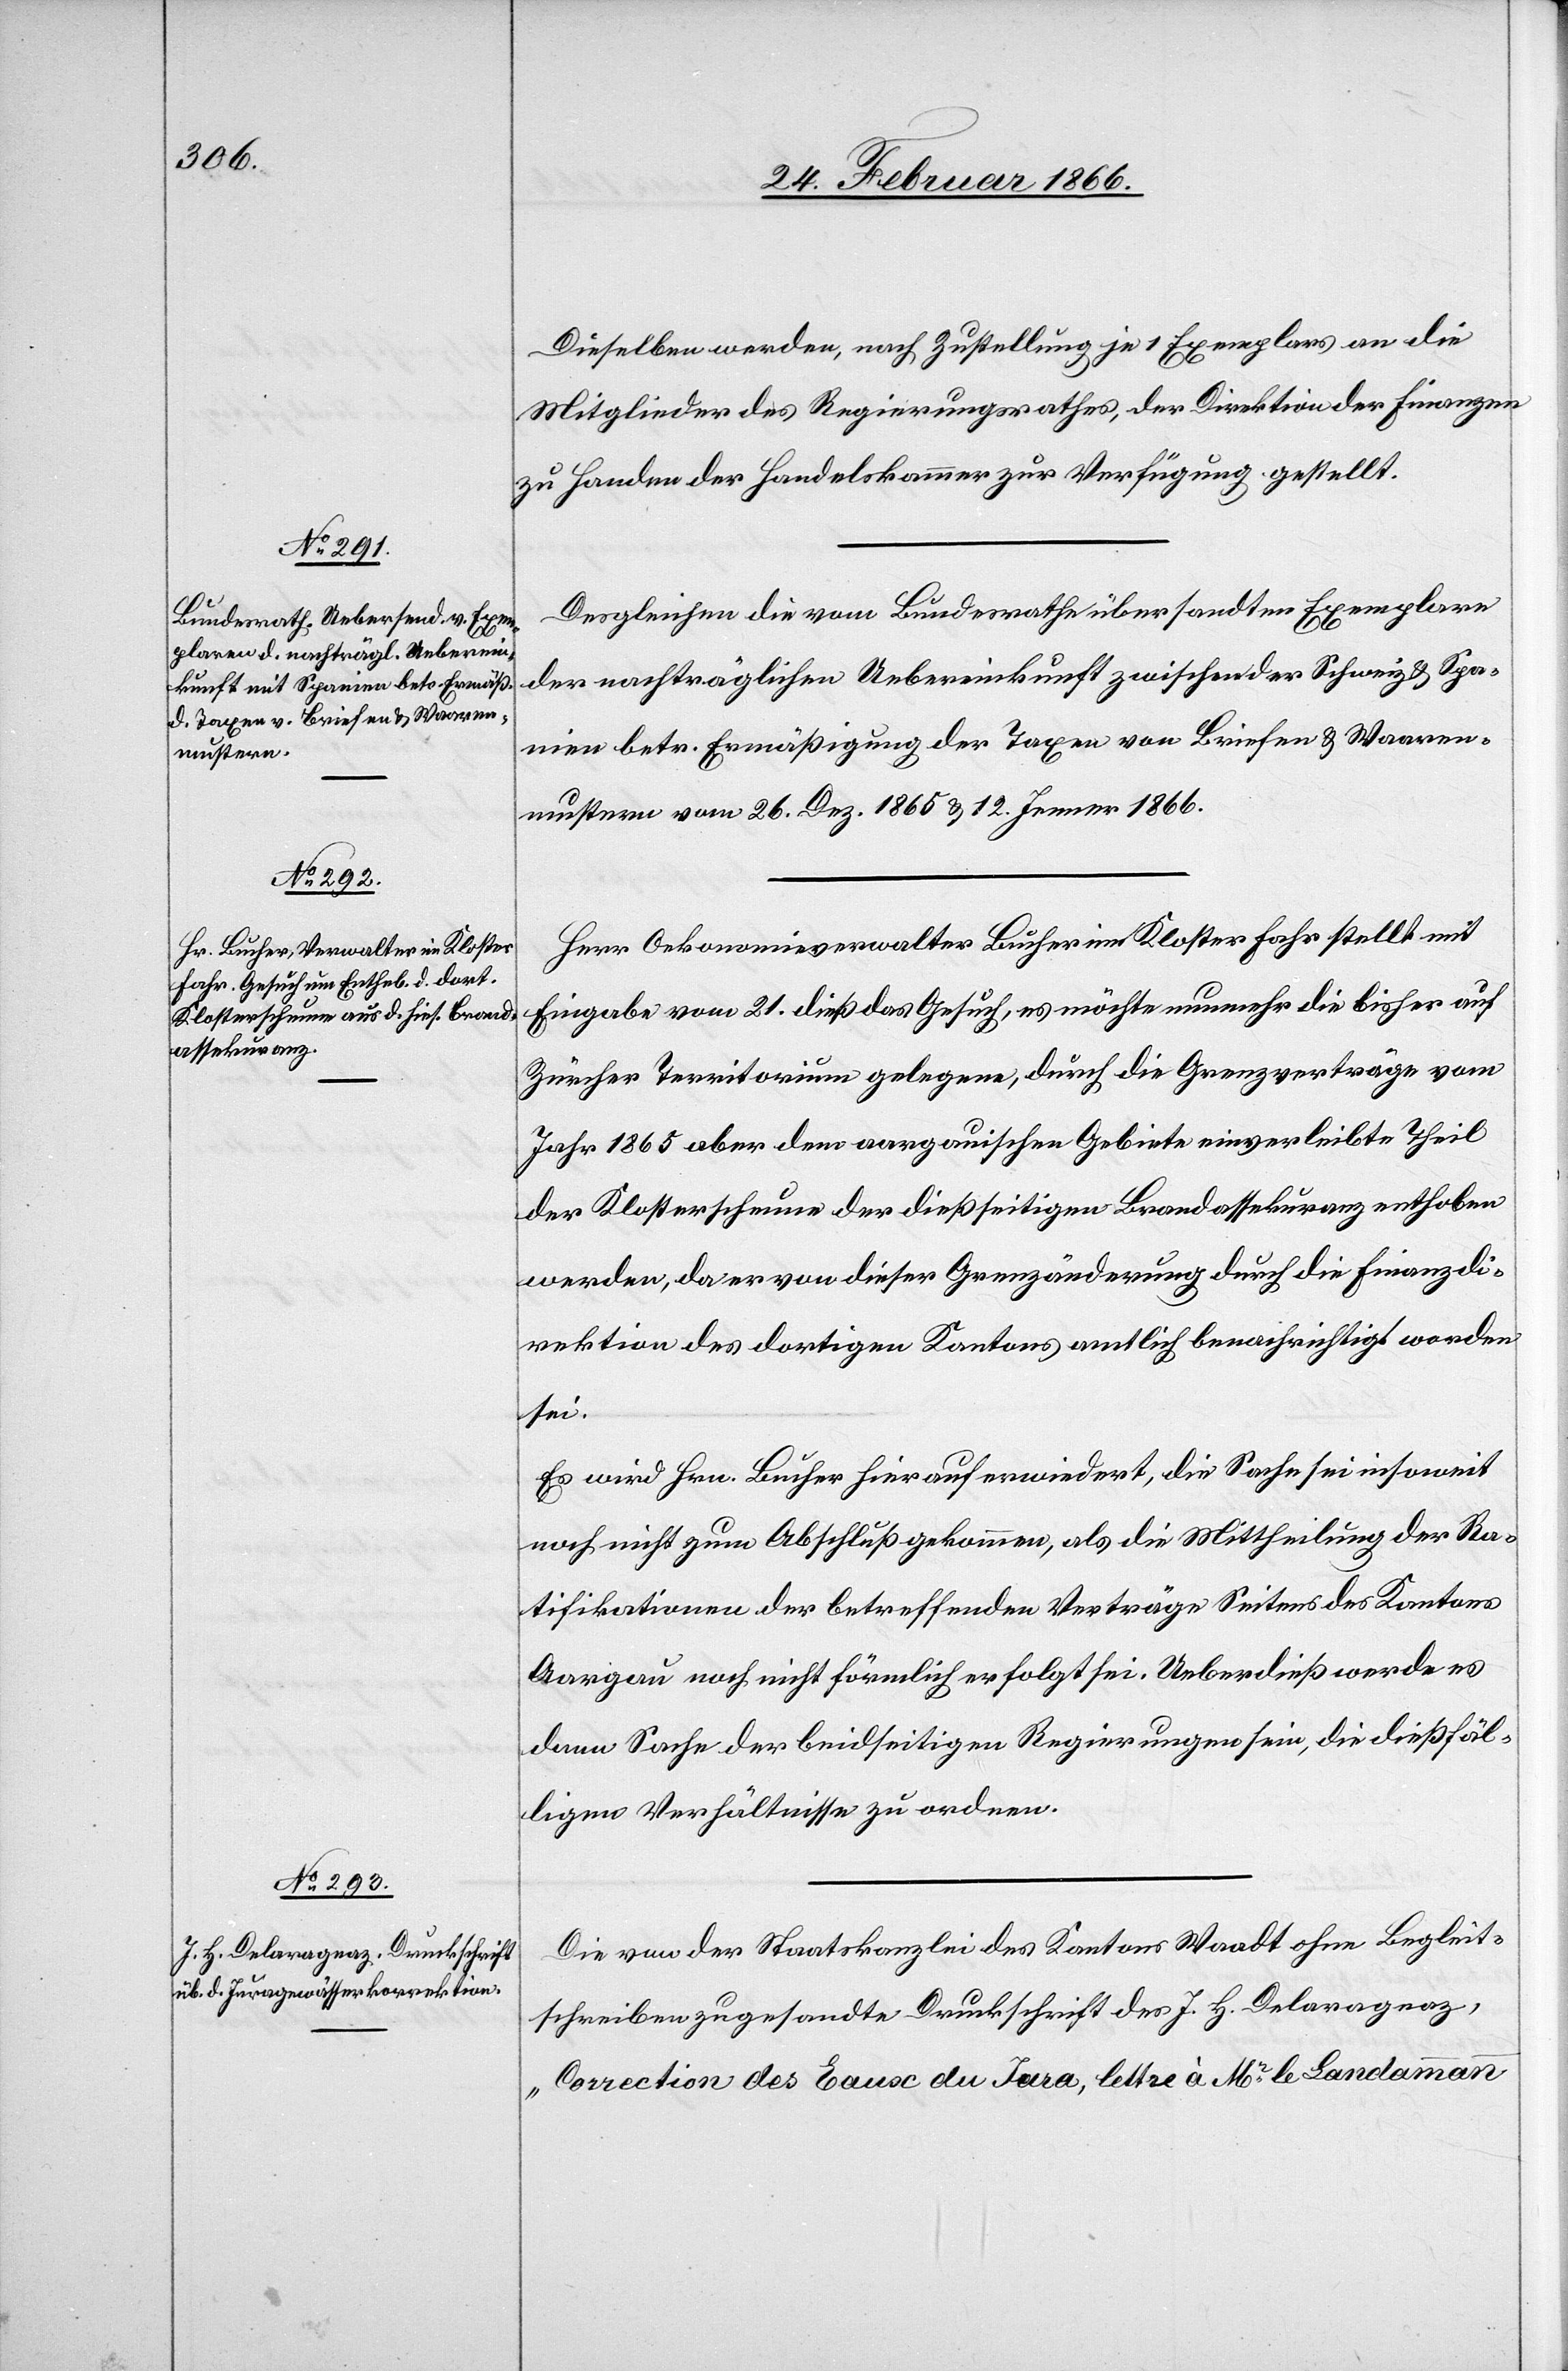
Dieselben werden, nach Zustellung je 1 Exemplars an die
Mitglieder des Regierungsrathes, der Direktion der Finanzen
zu Handen der Handelskammer zur Verfügung gestellt.
Desgleichen die vom Bundesrathe übersandten Exemplare
der nachträglichen Uebereinkunft zwischen der Schweiz & Spa¬
nien betr. Ermäßigung der Taxen von Briefen & Waaren¬
mustern vom 26. Dez. 1865 u. 12. Jenner 1866.
Herr Oekonomieverwalter Bucher im Kloster Fahr stellt mit
Eingabe vom 21. dieß das Gesuch, es möchte nunmehr die [recte: der]
Zürcher Territorium gelegene, durch die Grenzverträge vom
Jahr 1865 aber dem aargauischen Gebiete einverleibte Theil
der Klosterscheune der dießseitigen Brandassekuranz enthoben
werden, da er von dieser Grenzänderung durch die Finanzdi¬
rektion des dortigen Kantons amtlich benachrichtigt worden
sei.
Es wird Hrn. Bucher hierauf erwiedert, die Sache sei insoweit
noch nicht zum Abschluß gekommen, als die Mittheilung der Ra¬
tifikationen der betreffenden Verträge Seitens des Kantons
Aargau noch nicht förmlich erfolgt sei. Ueberdieß werde es
dann Sache der beidseitigen Regierungen sein, die dießfäl¬
ligen Verhältnisse zu ordnen.
Die von der Staatskanzlei des Kantons Waadt ohne Begleit¬
schreiben zugesandte Druckschrift des J. H. Delarageaz
„Correction des Eaux du Jura, lettre à Mr. le Landammann